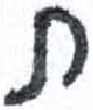
אות: ת